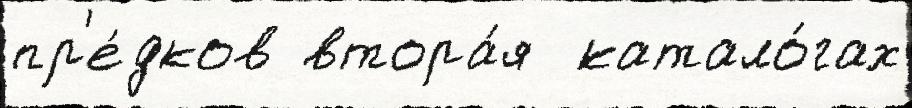
пр'е́дков втора́я  катало́гах